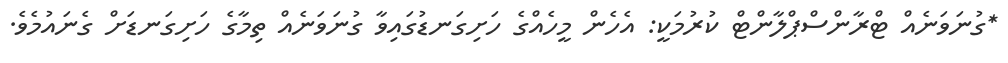
*ގުނަވަނެއް ޓްރާންސްޕްލާންޓް ކުރުމަކީ: އެހެން މީހެއްގެ ހަށިގަނޑުގައިވާ ގުނަވަނެއް ތިމާގެ ހަށިގަނޑަށް ގެނައުމެވެ.